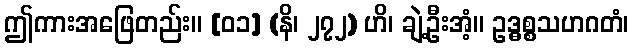
ဤကားအဖြေတည်း။ [၀၁] (နိ၊ ၂၇၂) ဟိ၊ ချဲ့ဦးအံ့။ ဥဒ္ဓစ္စသဟဂတံ၊